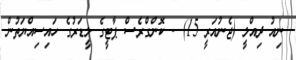
ނިއު ދިއްލީ (ޖެނުއަރީ 15) - ކޮންގްރެސް ޕާޓީގެ ލީޑަރުގެ ހައިސިއްޔަތުން